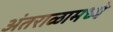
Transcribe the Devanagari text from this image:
अंतराळामध्ये